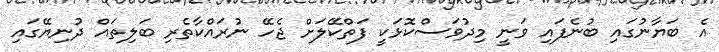
އެ ބަޔާނުގައި ބުނެފައި ވަނީ މިދުވަސްކޮޅަކީ ފަތްކޭލަށް ޖެހޭ ނުރައްކާތެރި ބަލިތައް ދުނިޔޭގައި